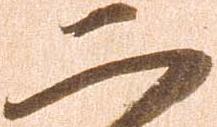
二